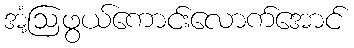
အံ့ဩဖွယ်ကောင်းလောက်အောင်